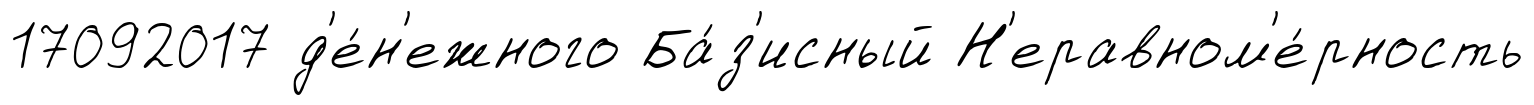
17092017 д'е́н'ежного Ба́з'исный Н'еравном'е́рность